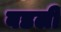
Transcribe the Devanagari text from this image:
बडली